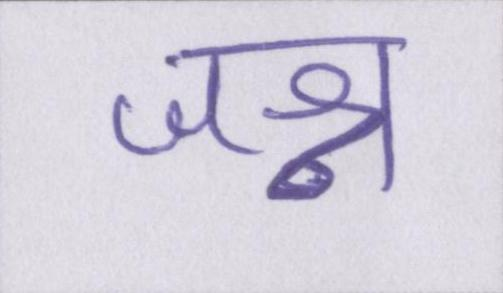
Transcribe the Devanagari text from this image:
जश्न